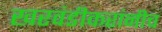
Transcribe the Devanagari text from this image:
खरवंडीकरांनीच